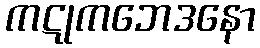
ကဋုကဘေဒနော